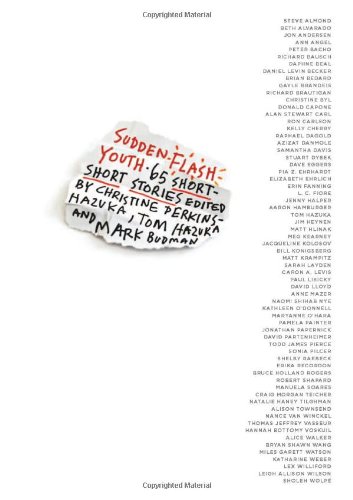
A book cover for Sudden Flash Youth: 65 Short-Short Stories (Karen and Michael Braziller Books); Teen & Young Adult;